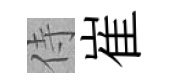
侍崔